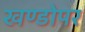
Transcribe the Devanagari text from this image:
खण्डोपर